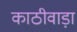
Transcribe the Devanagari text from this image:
काठीवाड़ा